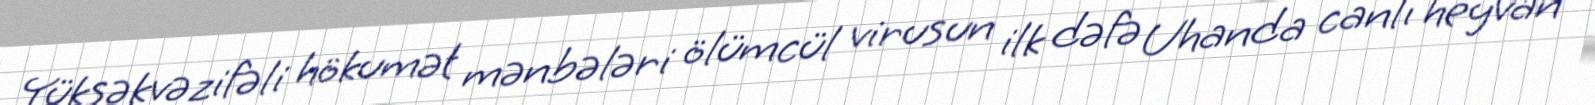
Yüksəkvəzifəli hökumət mənbələri ölümcül virusun ilk dəfə Uhanda canlı heyvan